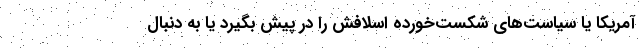
آمریکا یا سیاست‌های شکست‌خورده اسلافش را در پیش بگیرد یا به دنبال